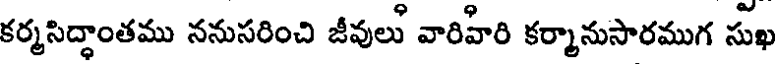
కర్మసిద్ధాంతము ననుసరించి జీవులు వారిహిరి కర్మానుసారముగ సుఖ